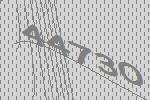
44730